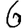
Digit: 6